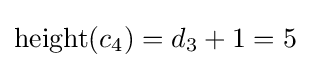
\operatorname {height} (c_{4})=d_{3}+1=5